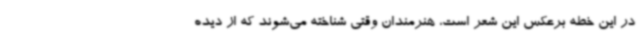
در این خطه برعکس این شعر است، هنرمندان وقتی شناخته می‌شوند که از دیده